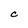
Character: C